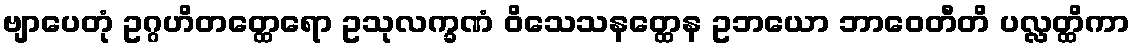
ဗျာပေတုံ ဥဂ္ဂဟိတတ္ထေရော ဥသုလက္ခဏံ ဝိသေသနတ္ထေန ဥဘယော ဘာဝေတီတိ ပလ္လတ္ထိကာ